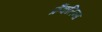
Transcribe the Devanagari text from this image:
फ्रैंकलिन्स